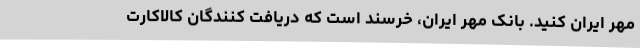
مهر ایران کنید. بانک مهر ایران، خرسند است که دریافت کنندگان کالاکارت